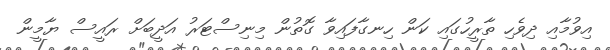
އިވުމާއި ދިވެހި ތާރީހުގައި ކަން ހިނގާފައިވާ ގޮތުން މިނިސްޓަރު އަދީބަށް ރައީސް ޔާމީން